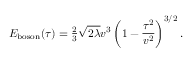
E _ { \mathrm { b o s o n } } ( \tau ) = { \textstyle { \frac { 2 } { 3 } } } \sqrt { 2 \lambda } v ^ { 3 } \left( 1 - { \frac { \tau ^ { 2 } } { v ^ { 2 } } } \right) ^ { 3 / 2 } .